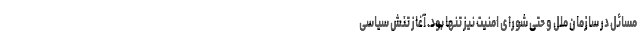
مسائل در سازمان ملل و حتی شورای امنیت نیز تنها بود. آغاز تنش سیاسی